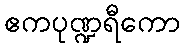
ဧကပုဏ္ဍရီကော